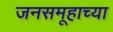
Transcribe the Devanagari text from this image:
जनसमूहाच्या